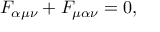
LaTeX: F _ { \alpha \mu \nu } + F _ { \mu \alpha \nu } = 0 ,